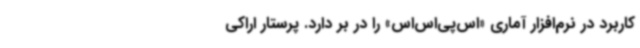
کاربرد در نرم‌افزار آماری «اس‌پی‌اس‌اس» را در بر دارد. پرستار اراکی